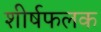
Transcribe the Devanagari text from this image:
शीर्षफलक